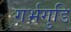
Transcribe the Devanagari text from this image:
गर्भगुडि